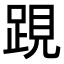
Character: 𨁍